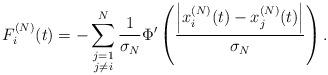
LaTeX: \begin{align*} F_i^{(N)}(t) = - \sum_{\substack{j=1\\ j\neq i}}^{N} \frac{1}{\sigma_N} \Phi' \left( \frac{\left|x_i^{(N)}(t) - x_j^{(N)}(t)\right|}{\sigma_N} \right). \end{align*}